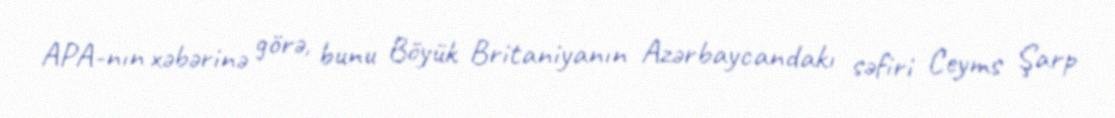
APA-nın xəbərinə görə, bunu Böyük Britaniyanın Azərbaycandakı səfiri Ceyms Şarp